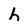
Character: h